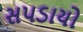
સપડાયો